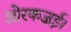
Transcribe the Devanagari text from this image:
ओरकज़ई।